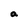
Character: a